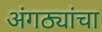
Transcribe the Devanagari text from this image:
अंगठ्यांचा